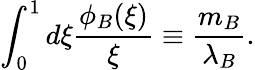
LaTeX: \int_{0}^{1}d\xi\frac{\phi_{B}(\xi)}{\xi}\equiv\frac{m_{B}}{\lambda_{B}}.